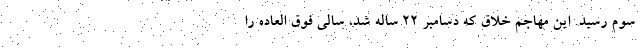
سوم رسید. این مهاجم خلاق که دسامبر 22 ساله شد، سالی فوق العاده را